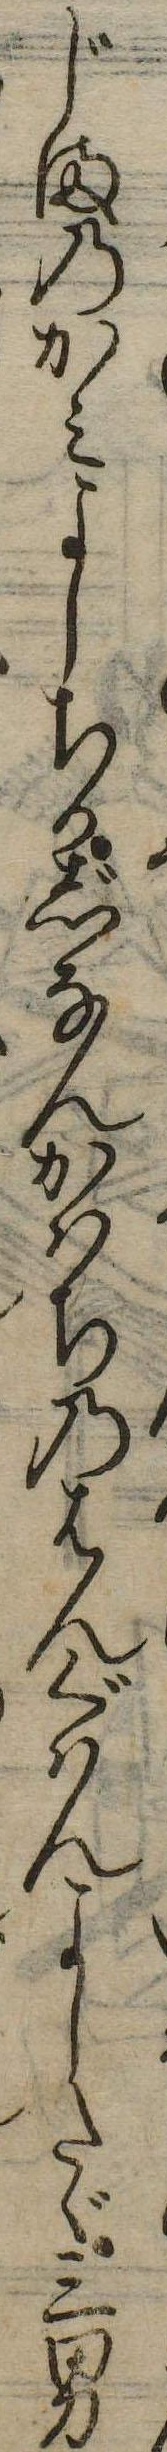
じまのかみよしちかじなんかはちのはんぐはんよしたゞ三男